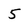
Character: 5